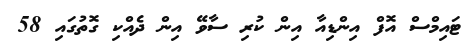
ޓައިމްސް އޮފް އިންޑިއާ އިން ކުރި ސާވޭ އިން ދެއްކި ގޮތުގައި 58